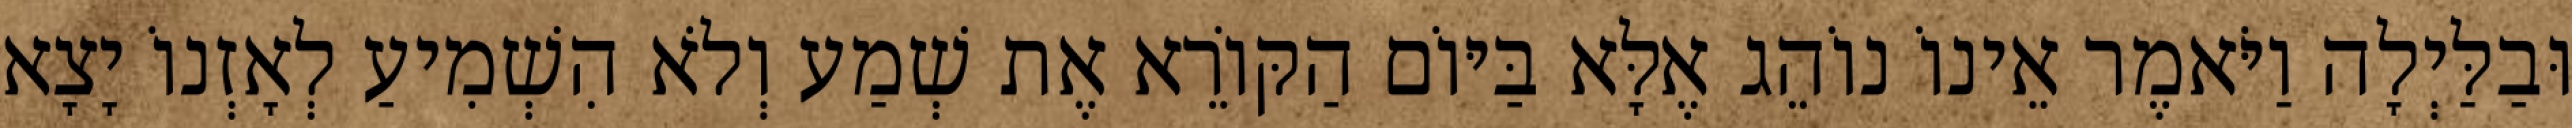
וּבַלַּיְלָה וַיֹּאמֶר אֵינוֹ נוֹהֵג אֶלָּא בַּיּוֹם הַקּוֹרֵא אֶת שְׁמַע וְלֹא הִשְׁמִיעַ לְאָזְנוֹ יָצָא